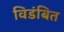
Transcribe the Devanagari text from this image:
विडंबित